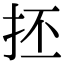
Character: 抷